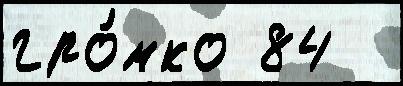
гро́мко 84